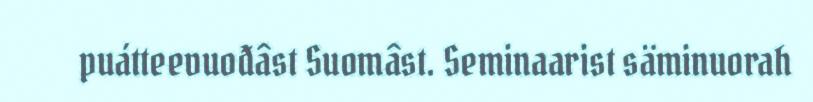
puátteevuođâst Suomâst. Seminaarist säminuorah